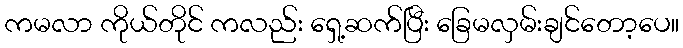
ကမလာ ကိုယ်တိုင် ကလည်း ရှေ့ဆက်ပြီး ခြေမလှမ်းချင်တော့ပေ။